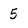
Character: 5